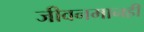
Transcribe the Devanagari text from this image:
जीवनमानही